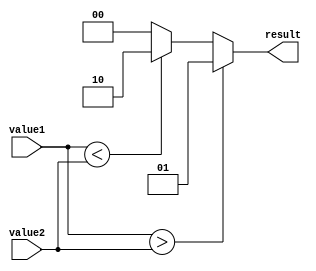
module Comparator (
    input [7:0] value1,
    input [7:0] value2,
    output reg [1:0] result
);

always @* begin
    if (value1 > value2) begin
        result = 2'b01; // value1 is greater than value2
    end else if (value1 < value2) begin
        result = 2'b10; // value1 is less than value2
    end else begin
        result = 2'b00; // value1 is equal to value2
    end
end

endmodule